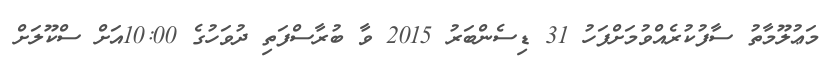
މަޢުލޫމާތު ސާފުކުރެއްވުމަށްފަހު 31 ޑިސެންބަރު 2015 ވާ ބުރާސްފަތި ދުވަހުގެ 10:00އަށް ސްކޫލަށް